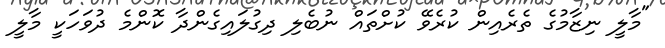
"މާލީ ނިޒާމުގެ ތެރެއިން ކުރެވޭ ކުށްތައް ނުބެލި ދިގުލައިގެންދާ ކޮންމެ ދުވަހަކީ މާލީ